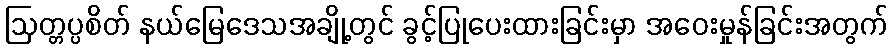
ဩတ္တပ္ပစိတ် နယ်မြေဒေသအချို့တွင် ခွင့်ပြုပေးထားခြင်းမှာ အဝေးမှုန်ခြင်းအတွက်